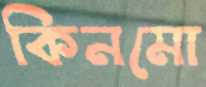
কিনমো